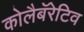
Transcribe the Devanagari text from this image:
कोलैबॅरेटिव